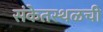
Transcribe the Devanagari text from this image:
संकेतस्थळची